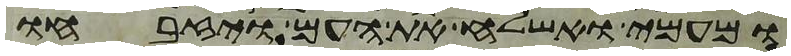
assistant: ומעמי ואשלח את העם ויזבחו